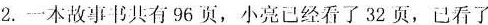
2.一本故事书共有96页，小亮已经看了32页，已看了